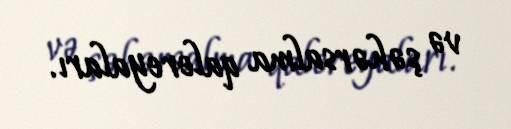
və şəhərsalma qalereyaları.